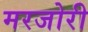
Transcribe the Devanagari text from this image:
मरजोरी